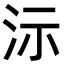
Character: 沶